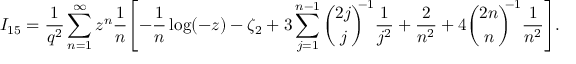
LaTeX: I _ { 1 5 } = \frac { 1 } { q ^ { 2 } } \sum _ { n = 1 } ^ { \infty } z ^ { n } \frac { 1 } { n } \Biggl [ - \frac { 1 } { n } \log ( - z ) - \zeta _ { 2 } + 3 \sum _ { j = 1 } ^ { n - 1 } { \binom { 2 j } { j } } ^ { \! \! \! - 1 } \frac { 1 } { j ^ { 2 } } + \frac { 2 } { n ^ { 2 } } + 4 { \binom { 2 n } { n } } ^ { \! \! \! - 1 } \frac { 1 } { n ^ { 2 } } \Biggr ] .